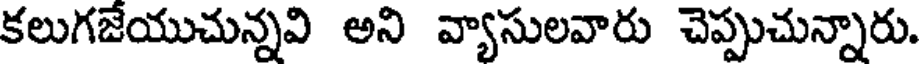
కలుగజేయుచున్నవి అని వ్యాసులవారు చెప్పుచున్నారు.